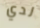
لدي